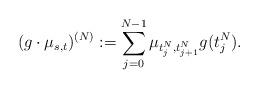
LaTeX: \begin{align*}(g\cdot\mu_{s,t})^{(N)} := \sum_{j=0}^{N-1} \mu_{t_j^N, t_{j+1}^N} g(t_j^N).\end{align*}